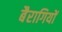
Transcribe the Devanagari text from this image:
बैरागियों